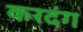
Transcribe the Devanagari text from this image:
करदंग